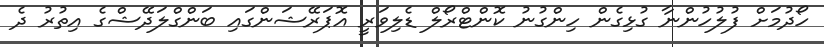
ހޯދުމަށް ފުލުހުންނާ ގުޅިގެން ހިންގުނު ކޮންޓްރޯލް ޑެލިވަރީ އޮޕަރޭޝަންގައި ބަންގްލަދޭޝްގެ އިތުރު ދެ